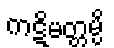
ကဋိမတ္တမ္ပိ